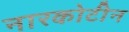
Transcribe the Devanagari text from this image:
नारकोटीन